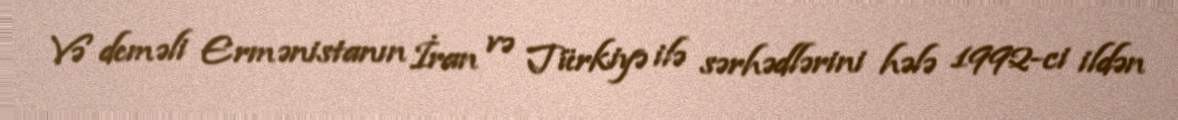
Və deməli Ermənistanın İran və Türkiyə ilə sərhədlərini hələ 1992-ci ildən